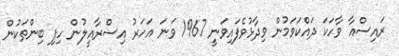
ރައިސްއާ ވާހަކަ ދައްކަވަމުން ވިދާޅުވެފައިވަނީ 1967 ވަނަ އަހަރު އިސްރާއީލުން ހިފި ބިންތަކުން